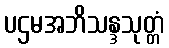
ပဌမအဘိသန္ဒသုတ္တံ